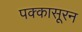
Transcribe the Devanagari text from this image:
पक्कासूरन